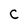
Character: C